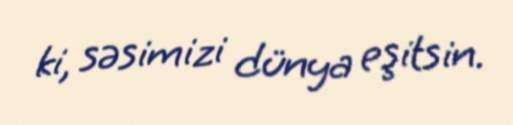
ki, səsimizi dünya eşitsin.